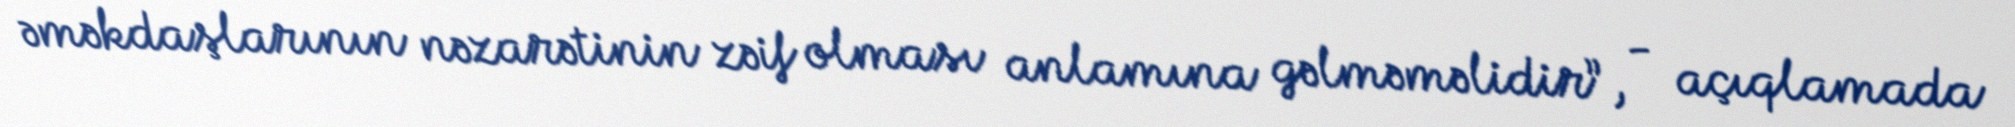
əməkdaşlarının nəzarətinin zəif olması anlamına gəlməməlidir”, - açıqlamada